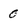
Character: 0